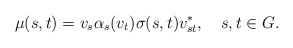
LaTeX: \begin{align*}\mu(s,t)=v_s\alpha_s(v_t)\sigma(s,t)v_{st}^*,\ \ \ s,t\in G.\end{align*}